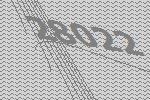
28022